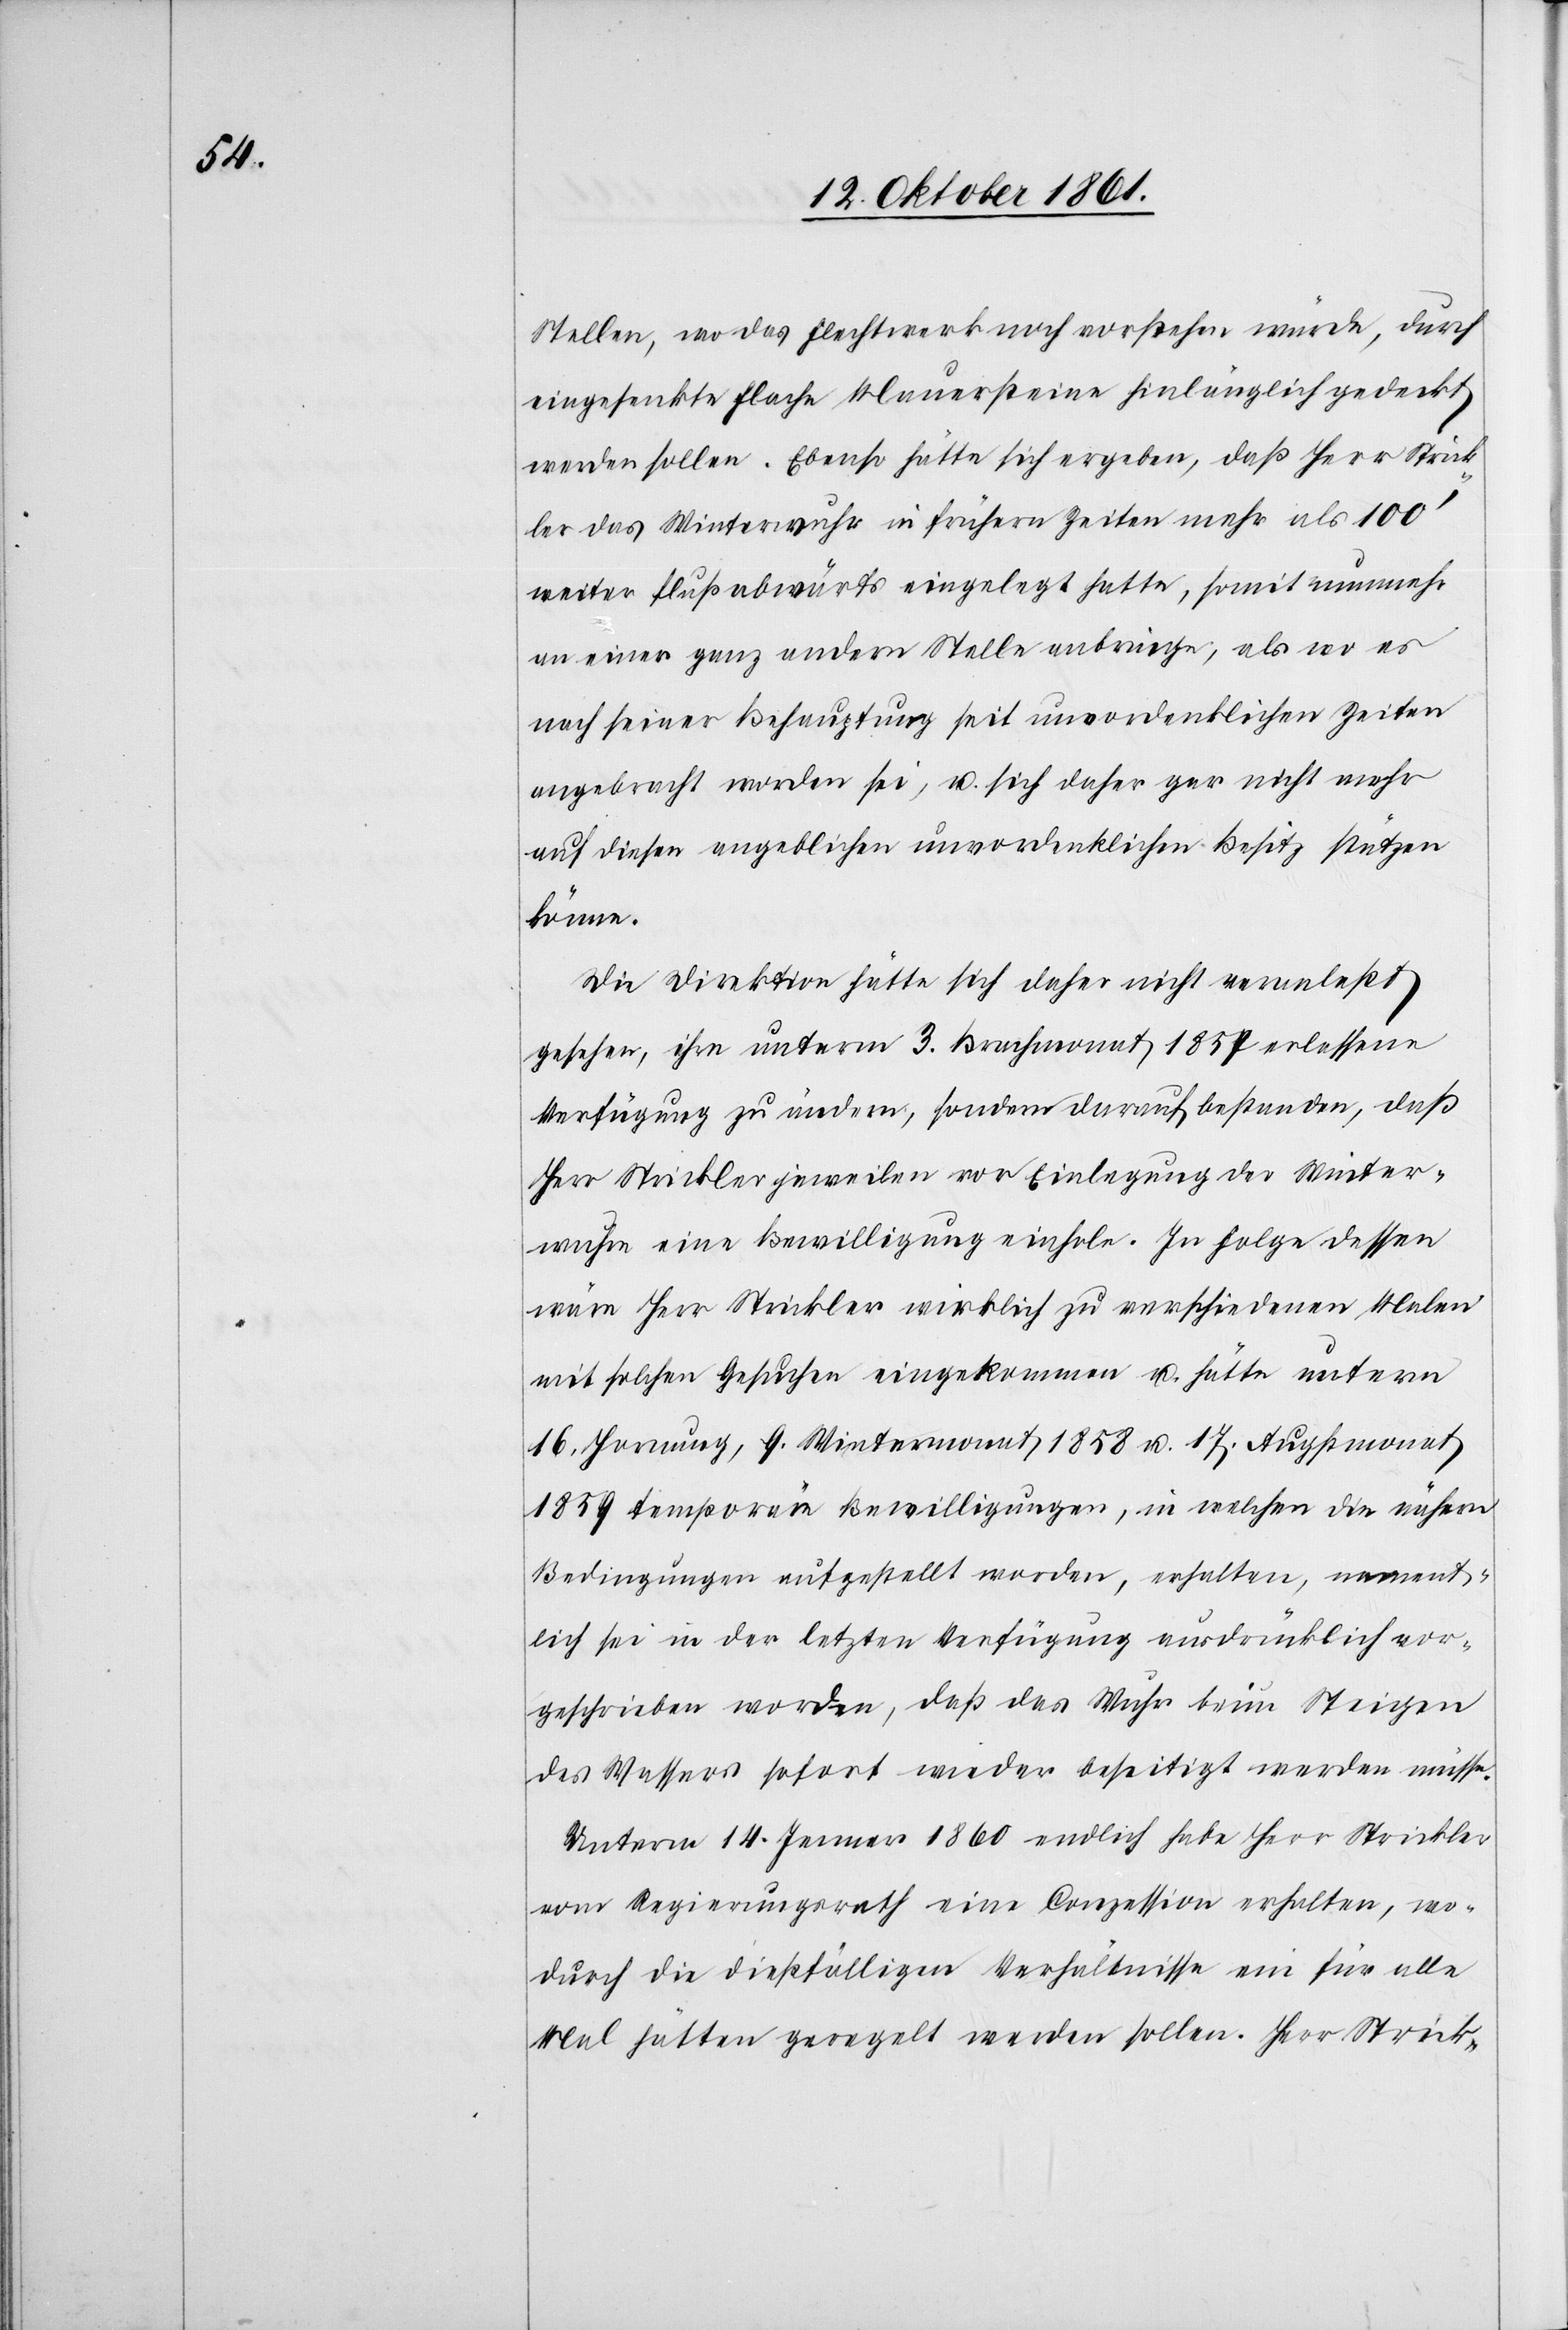
Stellen, wo das Flechtwerk noch vorstehen würde, durch
eingesenkte flache Mauersteine hinlänglich gedeckt
werden sollen. Ebenso hätte sich ergeben, daß Herr Strick¬
ler das Winterwuhr in frühern Zeiten mehr als 100’
weiter flußabwärts eingelegt hatte, somit nunmehr
an einer ganz andern Stelle anbringe, als wo es
nach seiner Behauptung seit unvordenklichen Zeiten
angebracht worden sei, u. sich daher gar nicht mehr
auf diesen angeblichen unvordenklichen Besitz stützen
könne.
Die Direktion hätte sich daher nicht veranlaßt
gesehen, ihre unterm 3 Brachmonat 1857 erlassene
Verfügung zu ändern, sondern darauf bestanden, daß
Herr Strickler jeweilen vor Einlegung der Winter¬
wuhre eine Bewilligung einhole. In Folge dessen
wäre Herr Strickler wirklich zu verschiedenen Malen
mit solchen Gesuchen eingekommen u. hätte unterm
16 Hornung, 9 Wintermonat 1858 u. 17 Augstmonat
1859 temporäre Bewilligungen, in welchen die nähern
Bedingungen aufgestellt worden, erhalten, nament¬
lich sei in der letzten Verfügung ausdrücklich vor¬
geschrieben worden, daß das Wuhr beim Steigen
des Wassers sofort wieder beseitigt werden müsse.
Unterm 14 Jenner 1860 endlich habe Herr Strickler
vom Regierungsrath eine Conzession erhalten, wo¬
durch die diesfälligen Verhältnisse ein für alle
Mal hätten geregelt werden sollen. Herr Strick-